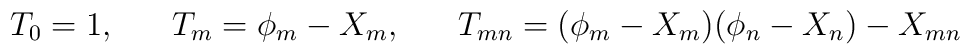
T_{0}=1,\;\;\;\;\;\; T_{m} = \phi_{m} -X_{m}, \;\;\;\;\;\; T_{mn} = (\phi_{m}-X_{m})(\phi_{n}-X_{n}) - X_{mn}